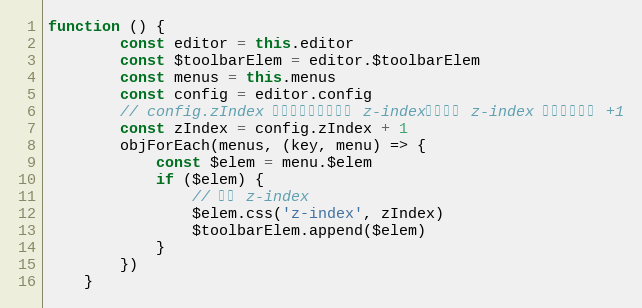
Language: JavaScript
function () {
        const editor = this.editor
        const $toolbarElem = editor.$toolbarElem
        const menus = this.menus
        const config = editor.config
        // config.zIndex 是配置的编辑区域的 z-index，菜单的 z-index 得在其基础上 +1
        const zIndex = config.zIndex + 1
        objForEach(menus, (key, menu) => {
            const $elem = menu.$elem
            if ($elem) {
                // 设置 z-index
                $elem.css('z-index', zIndex)
                $toolbarElem.append($elem)
            }
        })
    }